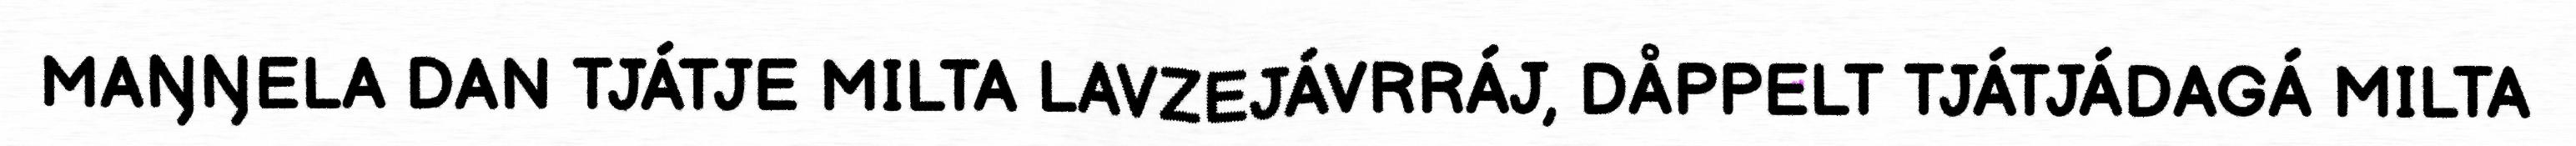
MAŊŊELA DAN TJÁTJE MILTA LAVZEJÁVRRÁJ, DÅPPELT TJÁTJÁDAGÁ MILTA